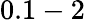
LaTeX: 0.1-2